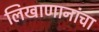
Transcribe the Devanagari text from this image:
लिखाणानांचा